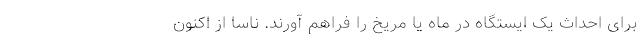
برای احداث یک ایستگاه در ماه یا مریخ را فراهم آورند. ناسا از ‌اکنون